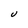
Character: U